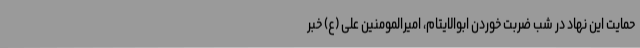
حمایت این نهاد در شب ضربت خوردن ابوالایتام، امیرالمومنین علی (ع) خبر